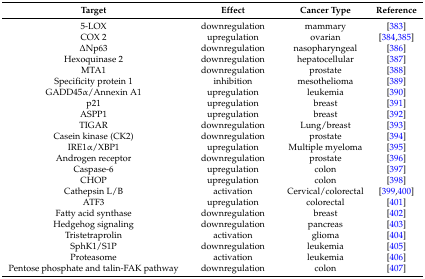
<table><thead><tr><td><b>Target</b></td><td><b>Effect</b></td><td><b>Cancer Type</b></td><td><b>Reference</b></td></tr></thead><tbody><tr><td>5-LOX</td><td>downregulation</td><td>mammary</td><td>[383]</td></tr><tr><td>COX 2</td><td>upregulation</td><td>ovarian</td><td>[384,385]</td></tr><tr><td>∆Np63</td><td>downregulation</td><td>nasopharyngeal</td><td>[386]</td></tr><tr><td>Hexoquinase 2</td><td>downregulation</td><td>hepatocellular</td><td>[387]</td></tr><tr><td>MTA1</td><td>downregulation</td><td>prostate</td><td>[388]</td></tr><tr><td>Specificity protein 1</td><td>inhibition</td><td>mesothelioma</td><td>[389]</td></tr><tr><td>GADD45α/Annexin A1</td><td>upregulation</td><td>leukemia</td><td>[390]</td></tr><tr><td>p21</td><td>upregulation</td><td>breast</td><td>[391]</td></tr><tr><td>ASPP1</td><td>upregulation</td><td>breast</td><td>[392]</td></tr><tr><td>TIGAR</td><td>downregulation</td><td>Lung/breast</td><td>[393]</td></tr><tr><td>Casein kinase (CK2)</td><td>downregulation</td><td>prostate</td><td>[394]</td></tr><tr><td>IRE1α/XBP1</td><td>upregulation</td><td>Multiple myeloma</td><td>[395]</td></tr><tr><td>Androgen receptor</td><td>downregulation</td><td>prostate</td><td>[396]</td></tr><tr><td>Caspase-6</td><td>upregulation</td><td>colon</td><td>[397]</td></tr><tr><td>CHOP</td><td>upregulation</td><td>colon</td><td>[398]</td></tr><tr><td>Cathepsin L/B</td><td>activation</td><td>Cervical/colorectal</td><td>[399,400]</td></tr><tr><td>ATF3</td><td>upregulation</td><td>colorectal</td><td>[401]</td></tr><tr><td>Fatty acid synthase</td><td>downregulation</td><td>breast</td><td>[402]</td></tr><tr><td>Hedgehog signaling</td><td>downregulation</td><td>pancreas</td><td>[403]</td></tr><tr><td>Tristetraprolin</td><td>activation</td><td>glioma</td><td>[404]</td></tr><tr><td>SphK1/S1P</td><td>downregulation</td><td>leukemia</td><td>[405]</td></tr><tr><td>Proteasome</td><td>activation</td><td>leukemia</td><td>[406]</td></tr><tr><td>Pentose phosphate and talin-FAK pathway</td><td>downregulation</td><td>colon</td><td>[407]</td></tr></tbody></table>